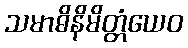
သမာဓိနိမိတ္တံယေဝ